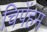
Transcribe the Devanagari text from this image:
चिपेंहम